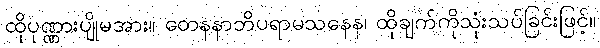
ထိုပုဏ္ဏားပျိုမအား။ တေနနာဘိပရာမသနေန၊ ထိုချက်ကိုသုံးသပ်ခြင်းဖြင့်။